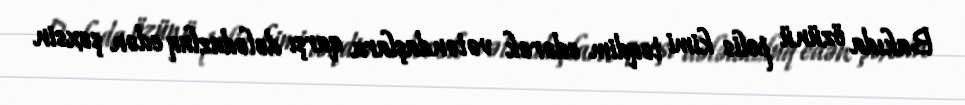
Bakıda özünü polis kimi təqdim edərək vətəndaşlara qarşı dələduzluq edən şəxsin